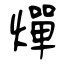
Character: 燀